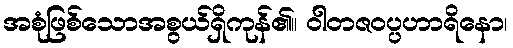
အစုံဖြစ်သောအစွယ်ရှိကုန်၏။ ဝါတဇဝပ္ပဟာရိနော၊